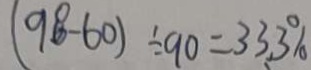
( 9 8 - 6 0 ) \div 9 0 = 3 3 . 3 \%